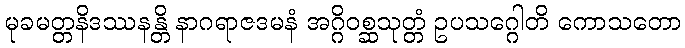
မုခမတ္တနိဒဿနန္တိ နာဂရာဇဒမနံ အဂ္ဂိဝစ္ဆသုတ္တံ ဥပသဂ္ဂေါတိ ကောသတော